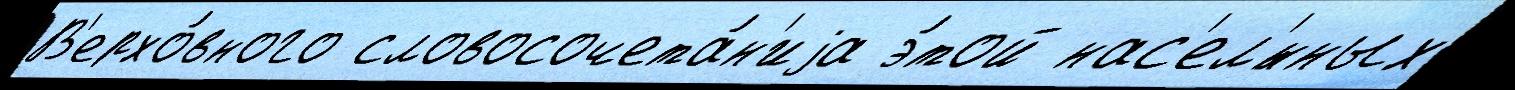
В'ерхо́вного словосочета́н'иjа э́той нас'ел'́нных